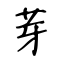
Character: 芽